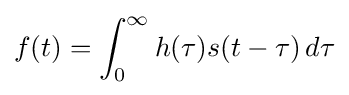
f(t)=\int _{0}^{\infty }h(\tau )s(t-\tau )\,d\tau